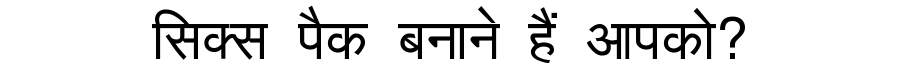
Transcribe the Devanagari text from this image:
सिक्स पैक बनाने हैं आपको?